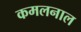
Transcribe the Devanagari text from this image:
कमलनाल